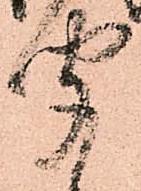
聞